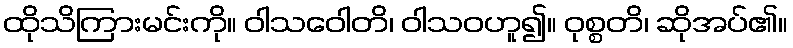
ထိုသိကြားမင်းကို။ ဝါသဝေါတိ၊ ဝါသဝဟူ၍။ ဝုစ္စတိ၊ ဆိုအပ်၏။